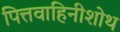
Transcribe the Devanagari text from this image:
पित्तवाहिनीशोथ